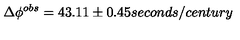
\Delta \phi ^ { o b s } = 4 3 . 1 1 \pm 0 . 4 5 s e c o n d s / c e n t u r y